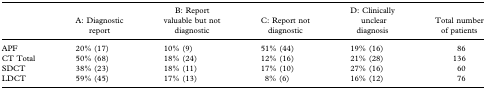
|  | A: Diagnostic report | B: Report valuable but not diagnostic | C: Report not diagnostic | D: Clinically unclear diagnosis | Total number of patients |
 | --- | --- | --- | --- | --- | --- |
 | APF | 20% (17) | 10% (9) | 51% (44) | 19% (16) | 86 |
 | CT Total | 50% (68) | 18% (24) | 12% (16) | 21% (28) | 136 |
 | SDCT | 38% (23) | 18% (11) | 17% (10) | 27% (16) | 60 |
 | LDCT | 59% (45) | 17% (13) | 8% (6) | 16% (12) | 76 |